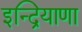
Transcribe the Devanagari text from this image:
इन्द्रियाणा